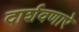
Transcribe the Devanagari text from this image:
दार्शवणारे